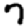
Digit: 7